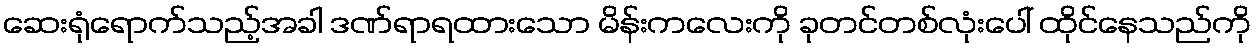
ဆေးရုံရောက်သည့်အခါ ဒဏ်ရာရထားသော မိန်းကလေးကို ခုတင်တစ်လုံးပေါ် ထိုင်နေသည်ကို